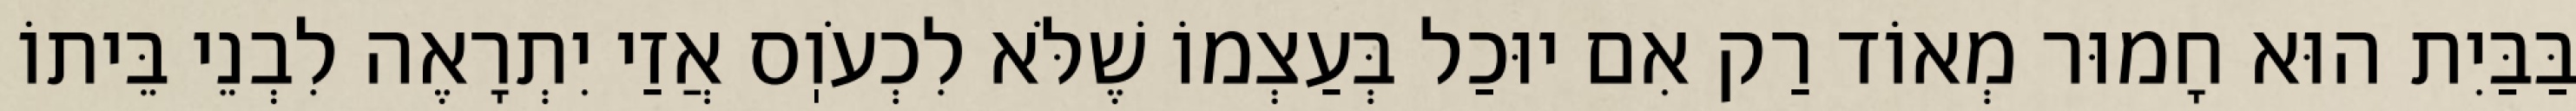
בַּבַּיִת הוּא חָמוּר מְאוֹד רַק אִם יוּכַל בְּעַצְמוֹ שֶׁלֹּא לִכְעֹוֽס אֲזַי יִתְרָאֶה לִבְנֵי בֵּיתוֹ